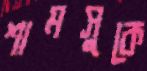
শামসুকে